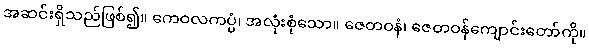
အဆင်းရှိသည်ဖြစ်၍။ ကေဝလကပ္ပံ၊ အလုံးစုံသော။ ဇေတဝနံ၊ ဇေတဝန်ကျောင်းတော်ကို။